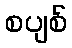
စပျစ်